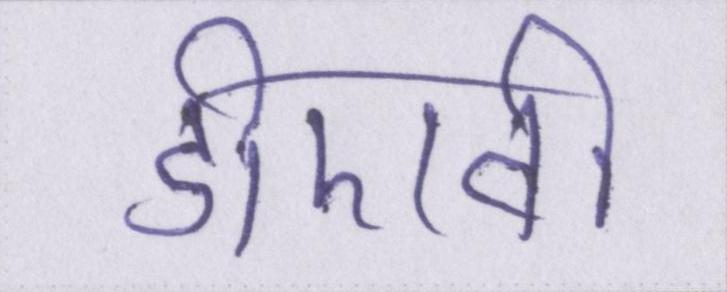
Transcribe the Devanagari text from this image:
डीएवी